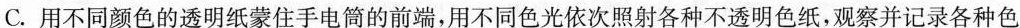
C.用不同颜色的透明纸蒙住手电筒的前端，用不同色光依次照射各种不透明色纸，观察并记录各种色